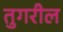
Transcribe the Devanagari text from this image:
तुगरील